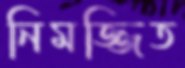
নিমজ্জিত